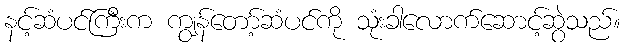
နင့်ဆံပင်ကြီးက ကျွန်တော့်ဆံပင်ကို သုံးခါလောက်ဆောင့်ဆွဲသည်။